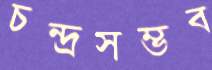
চন্দ্রসম্ভব